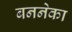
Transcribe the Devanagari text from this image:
बननेका